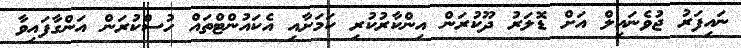
ނައިފަރު ޖުވެނައިލް އަށް ޑޮލަރު ދޫކުރަން އިންކާރުކުރި ކަމަށާއި އެކައުންޓްތައް ހުސްކުރަން އަންގާފައިވާ